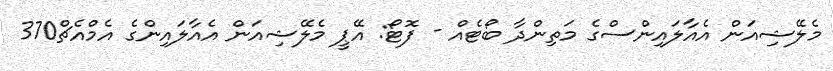
މެލޭޝިއަން އެއާލައިންސްގެ މަތިންދާ ބޯޓެއް - ފޮޓޯ: އޭޕީ މެލޭޝިއަން އެއާލައިންގެ އެމްއެޗް370